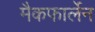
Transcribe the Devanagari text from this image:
मैकफार्लेन